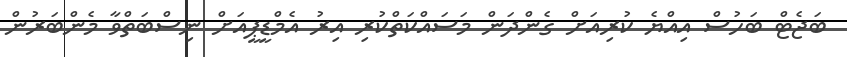
ބަޖެޓް ބަހުސް އިއްޔެ ކުރިއަށް ގެންދަން މަސައްކަތްކުރި އިރު އެމްޑީޕީއަށް ނިސްބަތްވާ މެންބަރުން